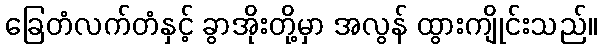
ခြေတံလက်တံနှင့် ခွာအိုးတို့မှာ အလွန် ထွားကျိုင်းသည်။